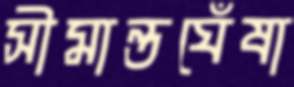
সীমান্তঘেঁষা